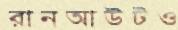
রানআউটও